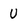
Character: U